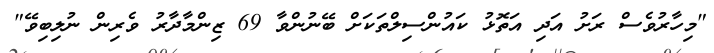
"މިހާރުވެސް ރަށު އަދި އަތޮޅު ކައުންސިލްތަކަށް ބޭނުންވާ 69 ޒިންމާދާރު ވެރިން ނުލިބިވޭ"